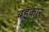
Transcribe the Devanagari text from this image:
बहुकार